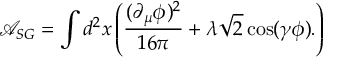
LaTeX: \mathcal { A } _ { S G } = \int d ^ { 2 } x \left( \frac { ( \partial _ { \mu } \phi ) ^ { 2 } } { 1 6 \pi } + \lambda \sqrt { 2 } \cos ( \gamma \phi ) . \right)